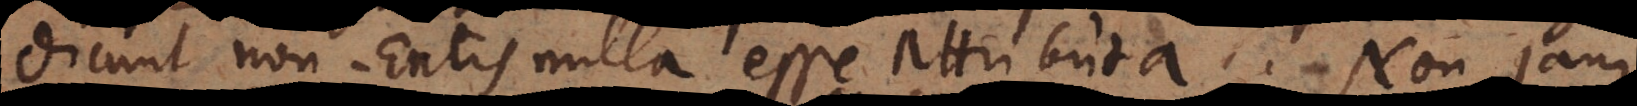
dicunt non‐Entis nulla esse attributa. Non jam